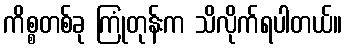
ကိစ္စတစ်ခု ကြုံတုန်းက သိလိုက်ရပါတယ်။